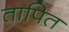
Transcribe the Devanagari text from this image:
तापित